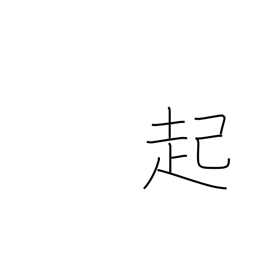
Meaning: rouse